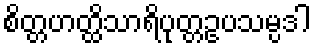
စိတ္တဟတ္ထိသာရိပုတ္တဥပသမ္ပဒါ